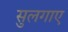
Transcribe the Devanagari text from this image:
सुलगाए